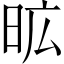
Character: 昿